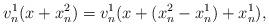
LaTeX: \begin{align*}v^1_n(x + x^2_n) = v^1_n(x +(x^2_n -x^1_n) + x^1_n),\end{align*}